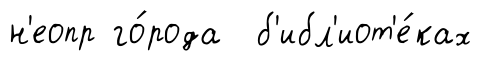
н'еопр го́рода б'ибл'иот'е́ках